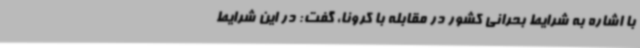
با اشاره به شرایط بحرانی کشور در مقابله با کرونا، گفت: در این شرایط